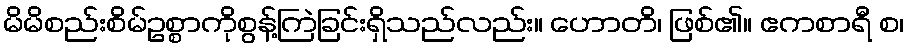
မိမိစည်းစိမ်ဥစ္စာကိုစွန့်ကြဲခြင်းရှိသည်လည်း။ ဟောတိ၊ ဖြစ်၏။ ဧကစာရီ စ၊